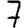
Digit: 7